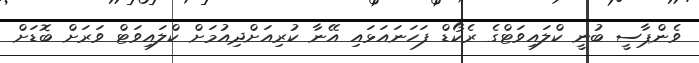
ވެންޕާސީ ބުނީ ކްލައިވަޓްގެ ރެކޯޑް ފަހަނައަޅައި އޭނާ ކުރިއަށްދިއުމަށް ކްލައިވަޓް ވަރަށް ބޮޑަށް